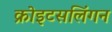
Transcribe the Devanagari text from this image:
क्रोइटसलिंगन